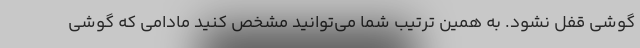
گوشی قفل نشود. به همین ترتیب شما می‌توانید مشخص کنید مادامی که گوشی